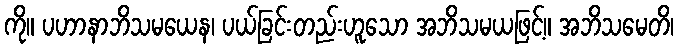
ကို။ ပဟာနာဘိသမယေန၊ ပယ်ခြင်းတည်းဟူသော အဘိသမယဖြင့်။ အဘိသမေတိ၊